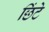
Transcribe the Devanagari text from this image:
छिंटे